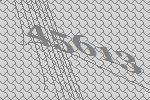
45613